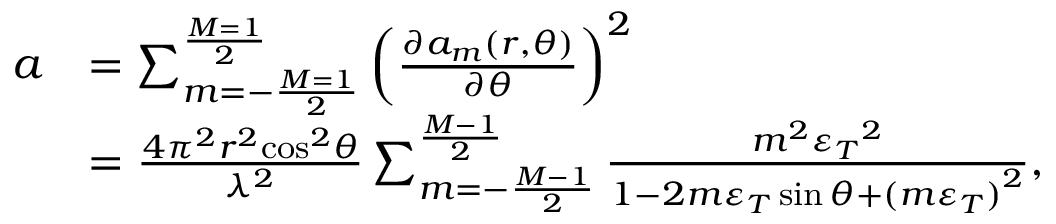
\begin{array} { r l } { a } & { = { \sum _ { m = - \frac { { M = 1 } } { 2 } } ^ { \frac { { M = 1 } } { 2 } } { \left( { \frac { { \partial { a _ { m } } ( r , \theta ) } } { { \partial \theta } } } \right) } ^ { 2 } } } \\ & { = \frac { { 4 { \pi ^ { 2 } } { r ^ { 2 } } { { \cos } ^ { 2 } } \theta } } { { { \lambda ^ { 2 } } } } \sum _ { m = - \frac { { M - 1 } } { 2 } } ^ { \frac { { M - 1 } } { 2 } } { \frac { { { m ^ { 2 } } { \varepsilon _ { T } } ^ { 2 } } } { { 1 - 2 m { \varepsilon _ { T } } \sin \theta + { { ( m { \varepsilon _ { T } } ) } ^ { 2 } } } } } , } \end{array}